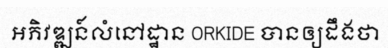
អភិវឌ្ឍន៍លំនៅដ្ឋាន ORKIDE បានឲ្យដឹងថា